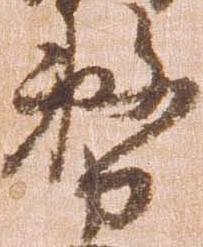
務